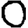
Digit: 0